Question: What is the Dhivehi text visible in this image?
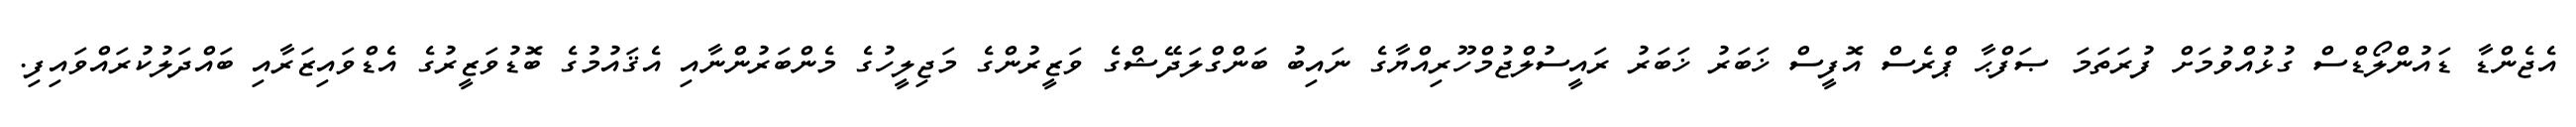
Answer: އެޖެންޑާ ޑައުންލޯޑްސް ގުޅުއްވުމަށް ފުރަތަމަ ޞަފްޙާ ޕްރެސް އޮފީސް ޚަބަރު ޚަބަރު ރައީސުލްޖުމްހޫރިއްޔާގެ ނައިބު ބަންގްލަދޭޝްގެ ވަޒީރުންގެ މަޖިލީހުގެ މެންބަރުންނާއި އެޤައުމުގެ ބޮޑުވަޒީރުގެ އެޑްވައިޒަރާއި ބައްދަލުކުރައްވައިފި.